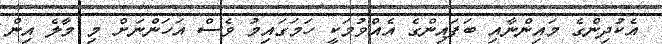
އެކުދިންގެ މައިންނާއި ބަފައިންގެ އެއްވުމަކީ ހަމަގައިމު ވެސް އަހަންނަށް މި މާލެ އިން